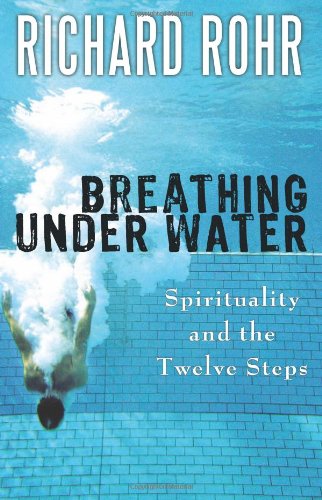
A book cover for Breathing Under Water: Spirituality and the Twelve Steps; Richard Rohr O.F.M.; Health, Fitness & Dieting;